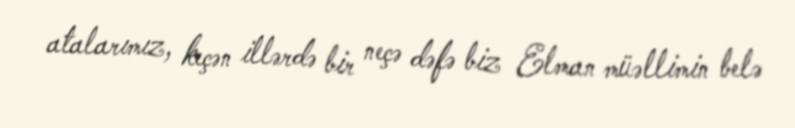
atalarımız, keçən illərdə bir neçə dəfə biz Elman müəllimin belə